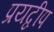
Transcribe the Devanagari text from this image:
प्रयद्वीप